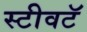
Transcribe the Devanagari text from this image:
स्टीवटॅ